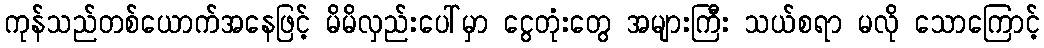
ကုန်သည်တစ်ယောက်အနေဖြင့် မိမိလှည်းပေါ်မှာ ငွေတုံးတွေ အများကြီး သယ်စရာ မလို သောကြောင့်